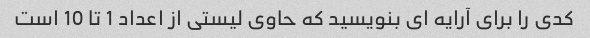
کدی را برای آرایه ای بنویسید که حاوی لیستی از اعداد 1 تا 10 است